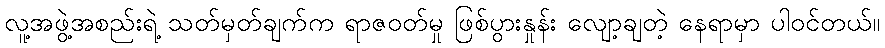
လူ့အဖွဲ့အစည်းရဲ့ သတ်မှတ်ချက်က ရာဇဝတ်မှု ဖြစ်ပွားနှုန်း လျော့ချတဲ့ နေရာမှာ ပါဝင်တယ်။